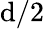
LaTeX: \mathrm{d}/2